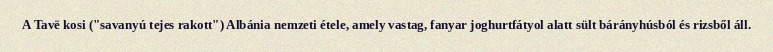
A Tavë kosi ("savanyú tejes rakott") Albánia nemzeti étele, amely vastag, fanyar joghurtfátyol alatt sült bárányhúsból és rizsből áll.